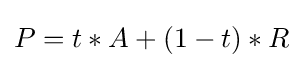
P=t*A+(1-t)*R